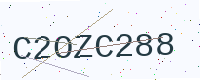
Text: C2OZC288